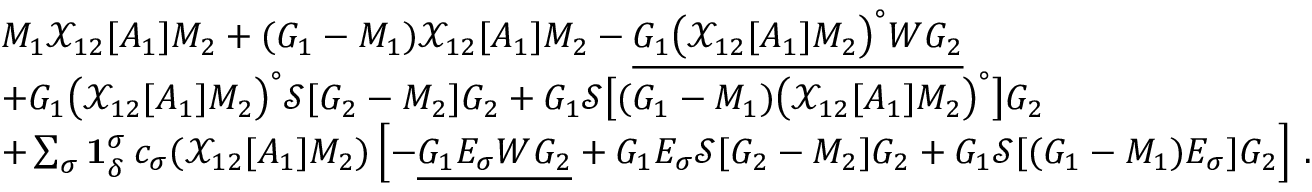
\begin{array} { r l } & { M _ { 1 } \mathcal { X } _ { 1 2 } [ A _ { 1 } ] M _ { 2 } + ( G _ { 1 } - M _ { 1 } ) \mathcal { X } _ { 1 2 } [ A _ { 1 } ] M _ { 2 } - \underline { { G _ { 1 } \big ( \mathcal { X } _ { 1 2 } [ A _ { 1 } ] M _ { 2 } \big ) ^ { \circ } W G _ { 2 } } } } \\ & { + G _ { 1 } \big ( \mathcal { X } _ { 1 2 } [ A _ { 1 } ] M _ { 2 } \big ) ^ { \circ } \mathcal { S } [ G _ { 2 } - M _ { 2 } ] G _ { 2 } + G _ { 1 } \mathcal { S } \big [ ( G _ { 1 } - M _ { 1 } ) \big ( \mathcal { X } _ { 1 2 } [ A _ { 1 } ] M _ { 2 } \big ) ^ { \circ } \big ] G _ { 2 } } \\ & { + \sum _ { \sigma } \mathbf { 1 } _ { \delta } ^ { \sigma } \, c _ { \sigma } ( \mathcal { X } _ { 1 2 } [ A _ { 1 } ] M _ { 2 } ) \left[ - \underline { { G _ { 1 } E _ { \sigma } W G _ { 2 } } } + G _ { 1 } E _ { \sigma } \mathcal { S } [ G _ { 2 } - M _ { 2 } ] G _ { 2 } + G _ { 1 } \mathcal { S } [ ( G _ { 1 } - M _ { 1 } ) E _ { \sigma } ] G _ { 2 } \right] \, . } \end{array}